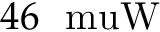
4 6 ~ \mathrm { \ m u W }